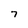
Character: 7